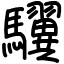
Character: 龮